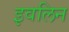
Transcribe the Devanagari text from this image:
इवलिन